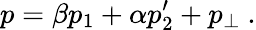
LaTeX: p=\beta p_{1}+\alpha p_{2}^{\prime}+p_{\perp}~.